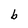
Character: b